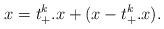
LaTeX: \begin{align*} x=t_+^k.x+(x-t_+^k.x). \end{align*}